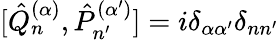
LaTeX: [{\hat{Q}}_{n}^{(\alpha)},{\hat{P}}_{n^{\prime}}^{(\alpha^{\prime})}]=i\delta_{\alpha\alpha^{\prime}}\delta_{nn^{\prime}}